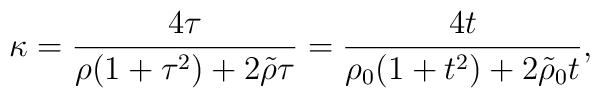
\kappa = {4\tau\over \rho (1 + \tau^2) + 2 \tilde{\rho} \tau} ={4t\over \rho_0 (1 + t^2) + 2 \tilde{\rho}_0 t},